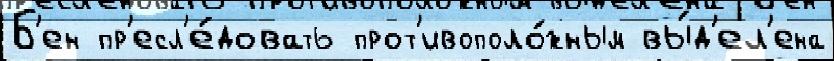
Б'ен пр'есл'е́довать прот'ивополо́жным вы́д'ел'ена